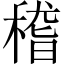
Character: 𥠻